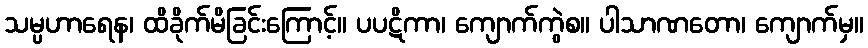
သမ္ပဟာရေန၊ ထိခိုက်မိခြင်းကြောင့်။ ပပဋိကာ၊ ကျောက်ကွဲစ။ ပါသာဏတော၊ ကျောက်မှ။